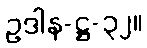
ဥဒါန-ဋ္ဌ-၃၂။